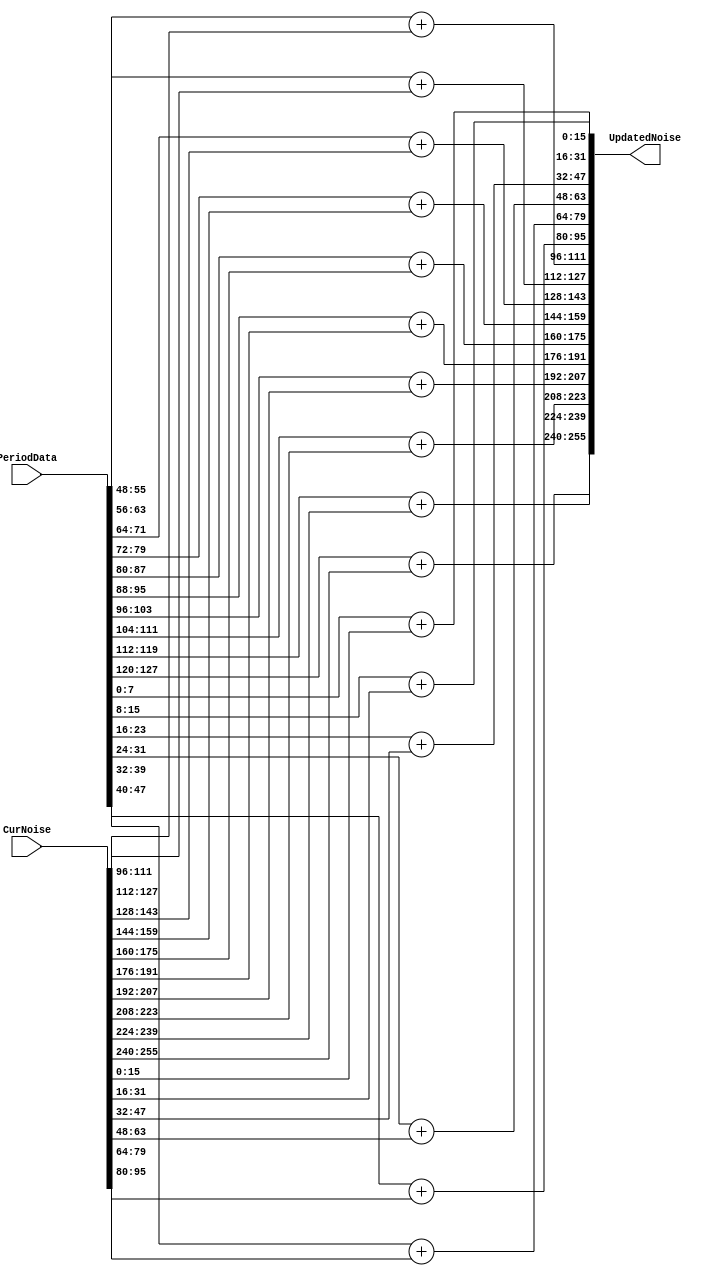
module BgNoiseCalc(
    input [127:0] PeriodData,
    input [255:0] CurNoise,
    output reg [255:0] UpdatedNoise
);

reg signed [7:0] Data [15:0];
reg signed [15:0] CurBgData [15:0];

integer i;

always @(*) begin
    for(i=0;i<16;i=i+1) begin
        Data[i] = PeriodData[8*i +: 8];
        CurBgData[i] = CurNoise[16*i +: 16];
    end
    for(i=0;i<16;i=i+1) begin
        UpdatedNoise[16*i +: 16] = Data[i] + CurBgData[i];
    end
end
endmodule